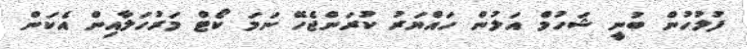
ފުލުހުން ބުނީ ޝަހުމް އަލުން ހައްޔަރު ކުރަންޖެހޭ ނަމަ ކޯޓް މަރުހަލާއިން އެކަން